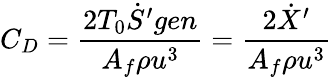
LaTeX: C_{D}={\frac{2T_{0}{\dot{S}}^{\prime}gen}{A_{f}\rho u^{3}}}={\frac{2{\dot{X}}^{\prime}}{A_{f}\rho u^{3}}}